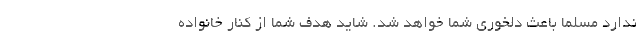
ندارد مسلما باعث دلخوری شما خواهد شد. شاید هدف شما از کنار خانواده